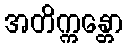
အတိက္ကန္တော